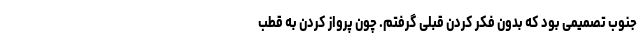
جنوب تصمیمی بود که بدون فکر کردن قبلی گرفتم. چون پرواز کردن به قطب